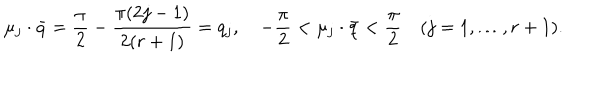
\mu _ { j } \cdot \bar { q } = { \frac { \pi } { 2 } } - { \frac { \pi ( 2 j - 1 ) } { 2 ( r + 1 ) } } = q _ { j } , \quad - { \frac { \pi } { 2 } } < \mu _ { j } \cdot \bar { q } < { \frac { \pi } { 2 } } \quad ( j = 1 , \ldots , r + 1 ) .